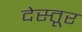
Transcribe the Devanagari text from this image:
देस्तूर